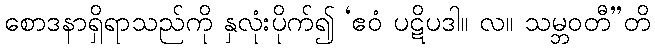
စောဒနာရှိရာသည်ကို နှလုံးပိုက်၍ ‘ဧဝံ ပဋိပဒါ။ လ။ သမ္ဘဝတီ”တိ